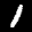
Label: 1